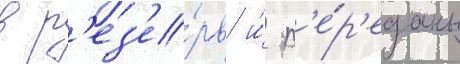
в р'ез'е́рв и́ п'е́р'еданы